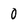
Character: 0